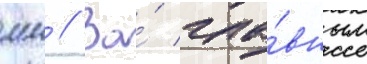
мм // За́ гла́вным